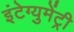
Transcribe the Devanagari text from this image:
इंटेग्युमेंट्री